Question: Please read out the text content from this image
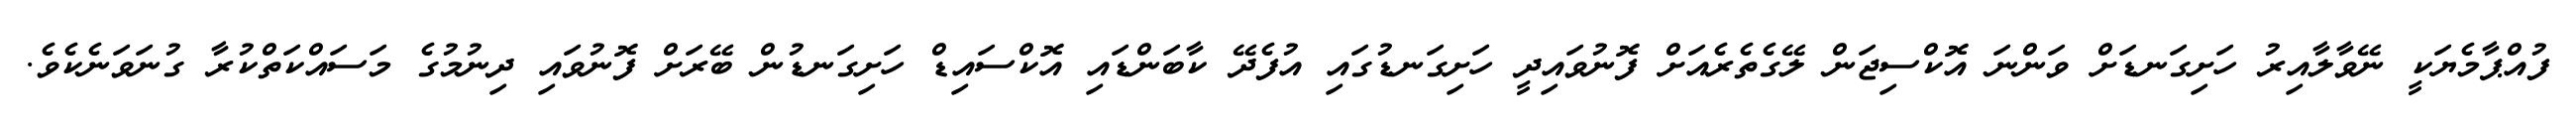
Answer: ފުއްޕާމެޔަކީ ނޭވާލާއިރު ހަށިގަނޑަށް ވަންނަ އޮކްސިޖަން ލޭގެތެރެއަށް ފޮނުވައިދީ ހަށިގަނޑުގައި އުފެދޭ ކާބަންޑައި އޮކްސައިޑް ހަށިގަނޑުން ބޭރަށް ފޮނުވައި ދިނުމުގެ މަސައްކަތްކުރާ ގުނަވަނެކެވެ.